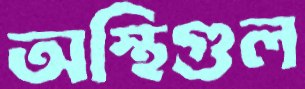
অস্থিগুল